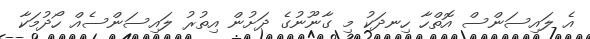
އެ ލައިސަންސް އޮތްހާ ހިނދަކު މި ގާނޫނުގެ ދަށުން އިތުރު ލައިސަންސެއް ހޯދުމަކާ